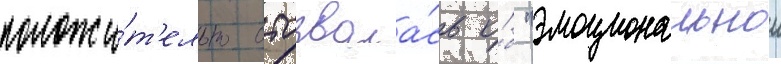
положи́т'ельно отозвала́сь о́б "эмоциональнои